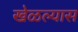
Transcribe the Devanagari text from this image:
खेळल्यास